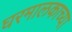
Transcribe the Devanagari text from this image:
घरमालकाच्या